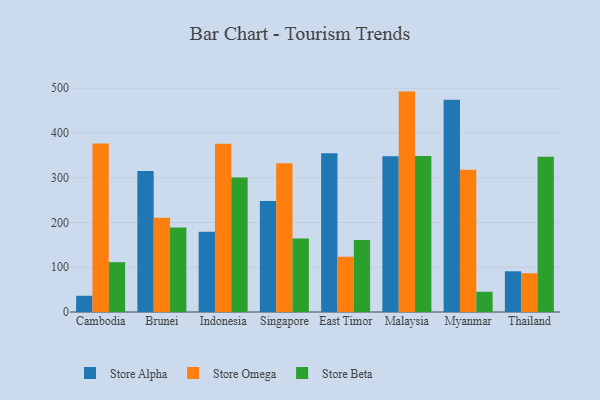
{"axis": {"x": "Country", "y": "Temperature (°C)"}, "legend": ["Store Alpha", "Store Beta", "Store Omega"], "data": [{"x": "Cambodia", "y": 36.3, "type": "Store Alpha"}, {"x": "Cambodia", "y": 376.5, "type": "Store Omega"}, {"x": "Cambodia", "y": 111.4, "type": "Store Beta"}, {"x": "Brunei", "y": 314.8, "type": "Store Alpha"}, {"x": "Brunei", "y": 210.6, "type": "Store Omega"}, {"x": "Brunei", "y": 188.7, "type": "Store Beta"}, {"x": "Indonesia", "y": 179.6, "type": "Store Alpha"}, {"x": "Indonesia", "y": 375.7, "type": "Store Omega"}, {"x": "Indonesia", "y": 300.6, "type": "Store Beta"}, {"x": "Singapore", "y": 248.0, "type": "Store Alpha"}, {"x": "Singapore", "y": 332.6, "type": "Store Omega"}, {"x": "Singapore", "y": 164.1, "type": "Store Beta"}, {"x": "East Timor", "y": 354.8, "type": "Store Alpha"}, {"x": "East Timor", "y": 123.6, "type": "Store Omega"}, {"x": "East Timor", "y": 160.9, "type": "Store Beta"}, {"x": "Malaysia", "y": 348.2, "type": "Store Alpha"}, {"x": "Malaysia", "y": 492.5, "type": "Store Omega"}, {"x": "Malaysia", "y": 348.4, "type": "Store Beta"}, {"x": "Myanmar", "y": 474.4, "type": "Store Alpha"}, {"x": "Myanmar", "y": 317.9, "type": "Store Omega"}, {"x": "Myanmar", "y": 45.2, "type": "Store Beta"}, {"x": "Thailand", "y": 91.0, "type": "Store Alpha"}, {"x": "Thailand", "y": 86.6, "type": "Store Omega"}, {"x": "Thailand", "y": 346.8, "type": "Store Beta"}]}